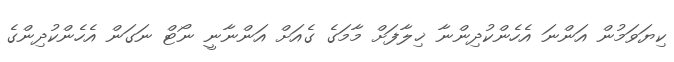
ކިޔަވަމުން އަންނަ އެހެންކުދިންނާ ޚިލާފަށް މާމަގެ ގެއަށް އަންނާނީ ނޯޓް ނަގަން އެހެންކުދިންގެ